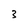
Character: 3